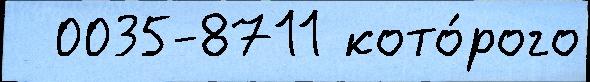
  0035-8711 кото́рого